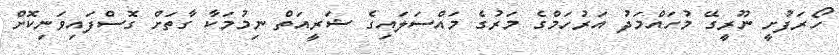
ހޯރަފުށީ ނޫރީގޭ މުހައްމަދު އަރުހަމްގެ މަރުގެ މައްސަލައިގެ ޝަރީއަތް ނިމުމަކާ ގާތަށް ގޮސްފައިވަނިކޮށް